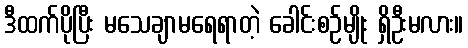
ဒီထက်ပိုပြီး မသေချာမရေရာတဲ့ ခေါင်းစဉ်မျိုး ရှိဦးမလား။